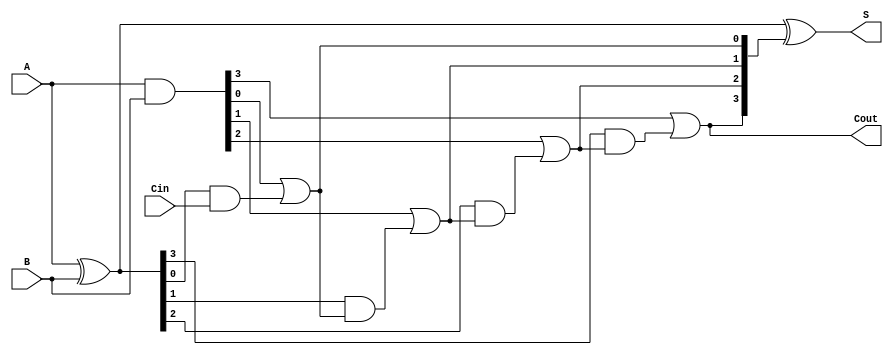
module LingAdder #(parameter N = 4) (
    input  [N-1:0] A,      // First n-bit input
    input  [N-1:0] B,      // Second n-bit input
    input          Cin,     // Carry-in
    output [N-1:0] S,      // n-bit sum output
    output         Cout     // Carry-out
);

    wire [N-1:0] G;        // Generate signals
    wire [N-1:0] P;        // Propagate signals
    wire [N:0] C;          // Carry signals (C[0] = Cin)

    // Generate and Propagate calculations
    assign G = A & B;          // Generate: G[i] = A[i] & B[i]
    assign P = A ^ B;          // Propagate: P[i] = A[i] ^ B[i]

    // Carry calculations
    assign C[0] = Cin;         // Initial carry-in
    genvar i;
    generate
        for (i = 0; i < N; i = i + 1) begin : carry_gen
            assign C[i + 1] = G[i] | (P[i] & C[i]); // Carry-out calculation
        end
    endgenerate

    // Sum calculations
    assign S = P ^ C[N:1];     // Sum: S[i] = P[i] ^ C[i+1]

    // Final carry-out
    assign Cout = C[N];        // Carry-out is the last carry

endmodule